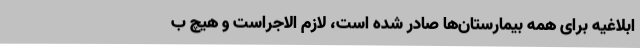
ابلاغیه برای همه بیمارستان‌ها صادر شده است، لازم الاجراست و هیچ ب